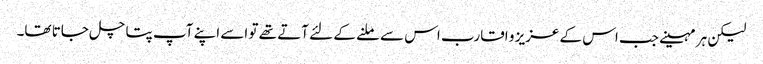
لیکن ہر مہینے جب اس کے عزیز و اقارب اس سے ملنے کے لئے آتے تھے تو اسے اپنے آپ پتا چل جاتا تھا۔